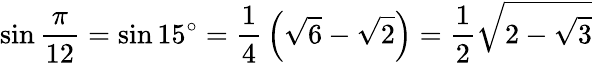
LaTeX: \sin{\frac{\pi}{12}}=\sin 15^{\circ}={\frac{1}{4}}\left({\sqrt{6}}-{\sqrt{2}}\right)={\frac{1}{2}}{\sqrt{2-{\sqrt{3}}}}